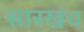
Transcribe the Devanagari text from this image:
सारखंच